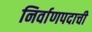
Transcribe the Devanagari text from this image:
निर्वाणपदाची